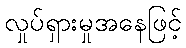
လှုပ်ရှားမှုအနေဖြင့်